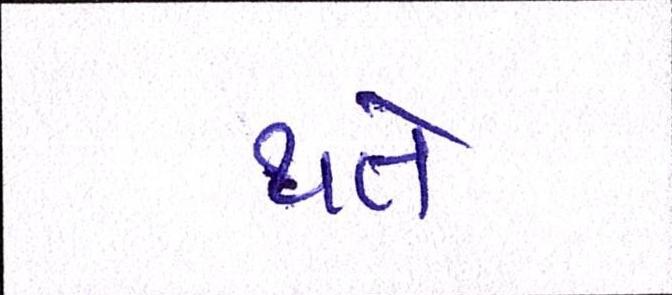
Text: થતે